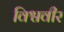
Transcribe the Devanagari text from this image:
विश्ववीर